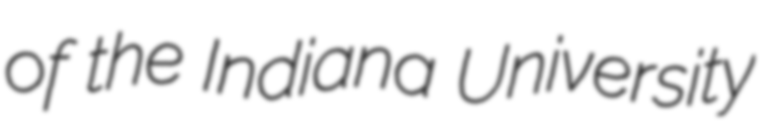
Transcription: of the Indiana University